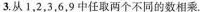
3.从1，2，3，6，9中任取两个不同的数相乘。